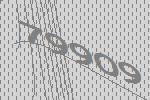
79909